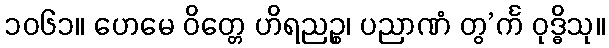
၁၀၆၁။ ဟေမေ ဝိတ္တေ ဟိရညဉ္စ၊ ပညာဏံ တွ’င်္က ဝုဒ္ဓိသု။